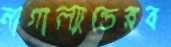
নাগাল্যান্ডেরব